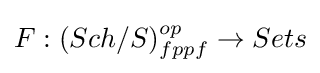
F:(Sch/S)_{fppf}^{op}\to Sets